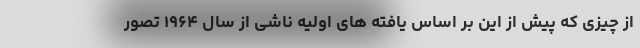
از چیزی که پیش از این بر اساس یافته های اولیه ناشی از سال ۱۹۶۴ تصور